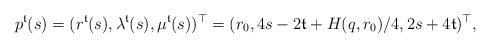
LaTeX: \begin{align*}p^\mathfrak{t}(s) = (r^\mathfrak{t}(s), \lambda^\mathfrak{t}(s), \mu^\mathfrak{t}(s))^\top = (r_0, 4s-2\mathfrak{t}+H(q,r_0)/4, 2s+4\mathfrak{t})^\top,\end{align*}